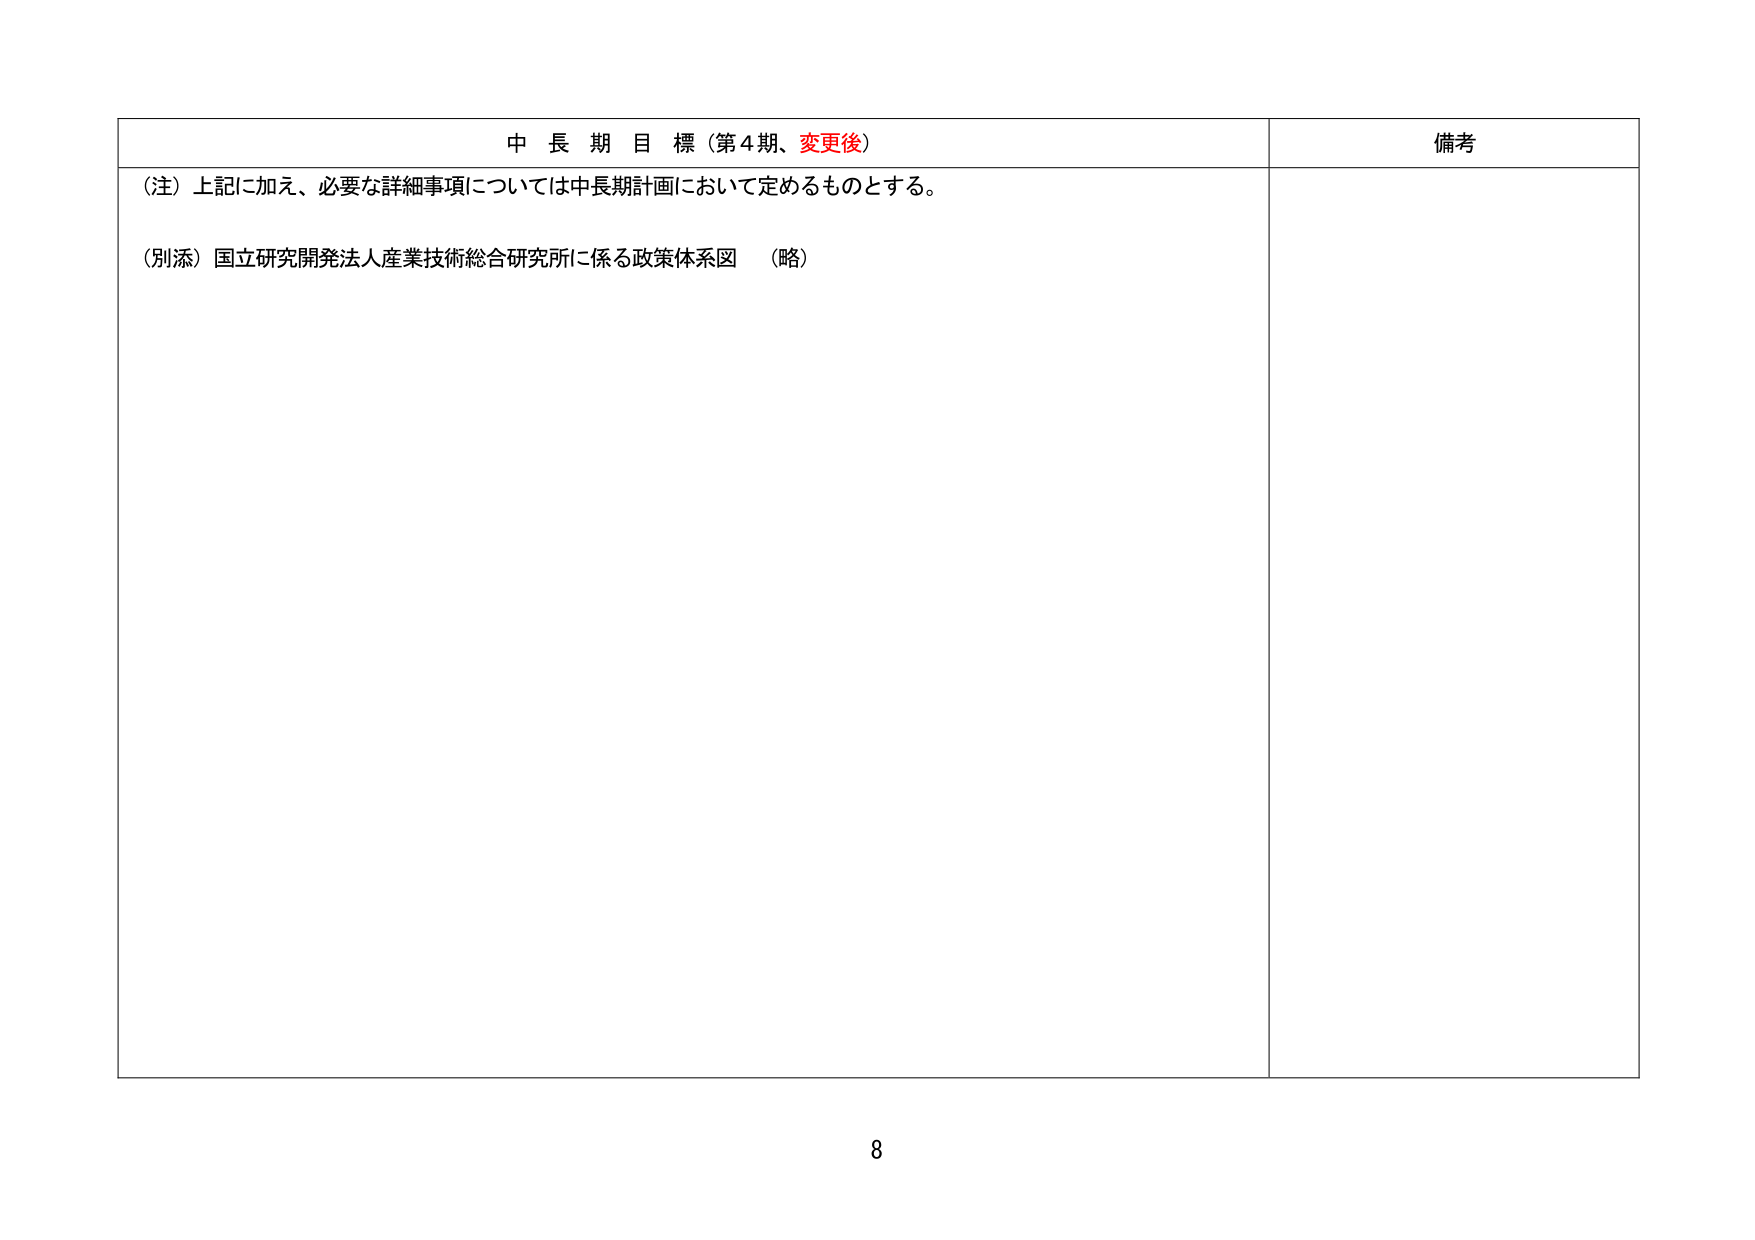
中長期目標（第4期、変更後）
備考

（注）上記に加え、必要な詳細事項については中長期計画において定めるものとする。

（別添）国立研究開発法人産業技術総合研究所に係る政策体系図　（略）

8